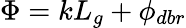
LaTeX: \Phi=kL_{g}+\phi_{dbr}